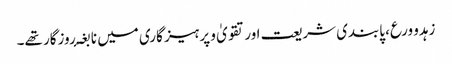
زہدو ورع، پابندی شریعت اور تقویٰ و پرہیز گاری میں نا بغۂ روزگار تھے۔